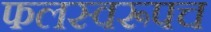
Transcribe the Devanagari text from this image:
फलस्वरूपच